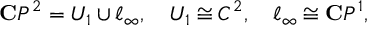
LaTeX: { \bf C } P ^ { 2 } = U _ { 1 } \cup \ell _ { \infty } , \quad U _ { 1 } \cong C ^ { 2 } , \quad \ell _ { \infty } \cong { \bf C } P ^ { 1 } ,